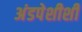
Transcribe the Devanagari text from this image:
अंडपेशीशी